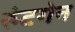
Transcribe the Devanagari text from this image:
रुंटगेन